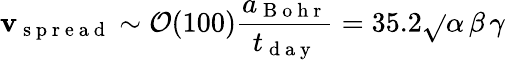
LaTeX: \mathbf{v}_{\mathrm{{~s~p~r~e~a~d~}}}\sim\mathcal{{O}}(100)\frac{{a_{\mathrm{{~B~o~h~r~}}}}}{{t_{\mathrm{{~d~a~y~}}}}}=35.2\sqrt{}{{\alpha\, \beta}}\, \gamma